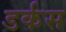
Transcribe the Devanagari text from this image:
डर्कस